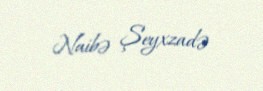
Naibə Şeyxzadə